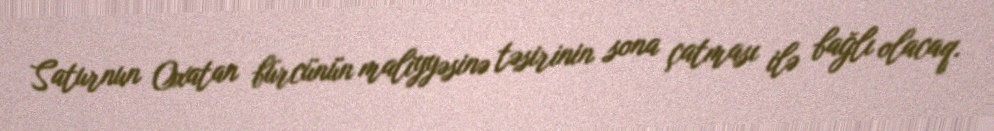
Saturnun Oxatan bürcünün maliyyəsinə təsirinin sona çatması ilə bağlı olacaq.